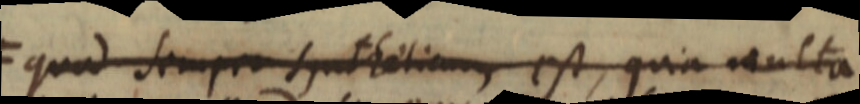
F quod semper syntheticum est, quia multa